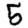
Digit: 5